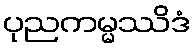
ပုညကမ္မဿိဒံ